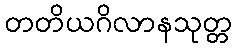
တတိယဂိလာနသုတ္တ